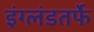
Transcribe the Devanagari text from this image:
इंग्लंडतर्फे